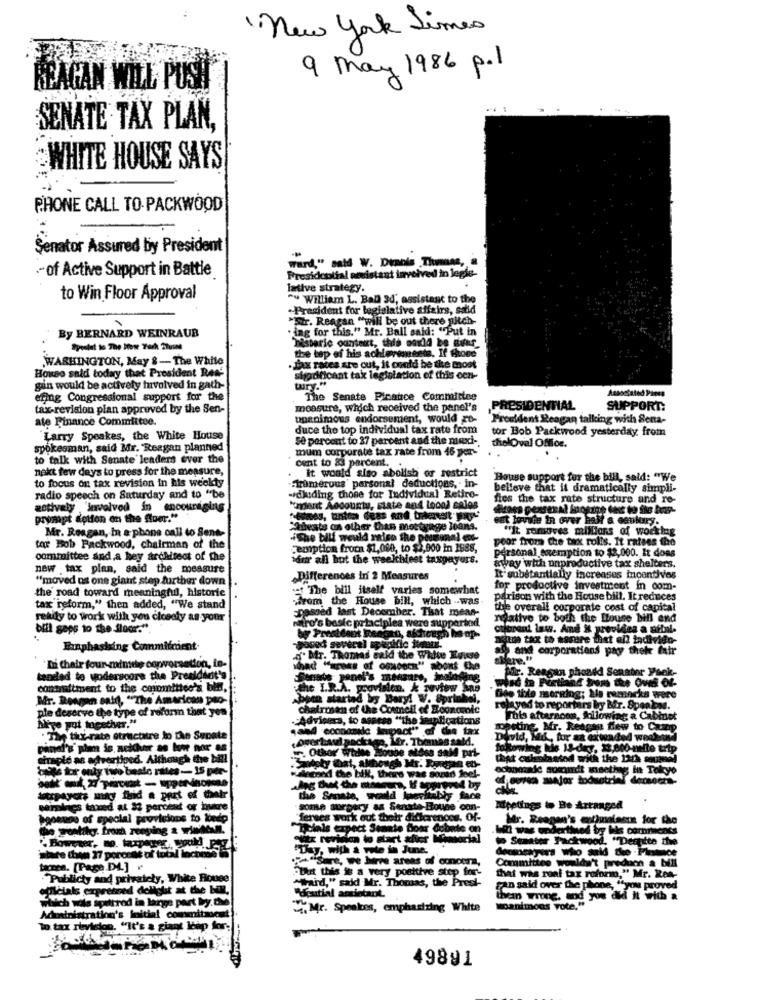
"New York Times
9 May 1986 p.l
REAGAN WILL PUSH
SENATE TAX PLAN,
WHITE HOUSE SAYS
PHONE CALL TO-PACKWOOD
Senator Assured by President
ward," said W. Dennis Themass, a
.- of Active Support in Battle
Fresidoolial ateistant involved in legie-
lative strategy.
to Win Floor Approval
"y William L. Ball 34, assistant to the
Prezident for legislative affairs, said
.Fr. Reagan "will be out there pitch-
By BERNARD WEINRAUB
. ing for this." Mr. Ball said: "Put in
historic oanteut, this oaxld be diver
WASHINGTON, May & - The White
the top of his achievements. If Phone
House said today that President Rea-
. Jax rates are out, it orold be the most
sigadificant tak legislation of this een-
gin would be actively hivolved in gath-
effing Congressional support for the
The Senate Pinatce Committee
Associated Press
tax-revision plan approved by the Sen-
measure, which received the panel's
PRESIDENTIAL
SUPPORT:
ate Finance Committee.
unanimous endorsement, would go-
Prouddent Reagan talking with Sena-
duce the top individual tax rate from
tor Bob Packwood yesterday from
Larry Speakes, the White House
50 percent to 27 percent and the maxi -.
spokesman, said Mr. Reagan planned
thelOval Office.
to talk with Senate leaders ever the
mum corporate tax rate from 46 per-
cent to 83 percent.
nakt few days to press for the measure,
it would siso abolish or restrict
to focus on tax revision in his weekty
House support for the bill, sald: "We
."iromerous' personal deductions, - in-
belleve that it dramatically simpli-
radio speech on Saturday and to "be
-dkding those for Individual Retiro-
fies the tax rate structure and re-
actively involved in encouraging
"omant Aocounty, state and Local sales
prompt action on the fuer."
kat lovule in over half a century.
Mr. Reagan, In a phone call to Sens-
"atests on other than mortgage
""It removes millions of working
+The bill would raise the personal ens-
poor from the tax rolls. It ratses the
tor Bob Rackwood, chairman of the
eurption from $1,080, to $2,000 in 1988,
personal exemption to $2,000. It dons
committee and a hey architect of the
in all hot the weekthieet taxpayers.
new tax plan, said the measure
away with unproductive tax shelters.
"moved us one giant step further down
Differences in 2 Measures
It substantially increases incentives
the road toward meaningful, historie
The bill itself varies somewhat
for productive investment in com-
sfrom the House bill, which was.
parison with the House bill. It reduces
tax reform," then added, "We stand
the overall corporate cost of capital
ready to work with you closely as your
passed last December. That mean-
native to both the House bill and
biil gaps to the floor."
nitro's basic prtaciplea were supported
cibrant law. And it provides a nibal.
an, akhough he op-
Neun tax to nosure that all tadividu-
Einphasking Commitment-
ao and corporations pay their fair
af. Mr. Thomas said the White House
Mere
'I Chair four-mimthe copvorsetion, in-
nad "krets of ogHoorn" about the
Wir. Reagan phoadd Senator Pack-
tended to woderscore the President's
Senate panel's TRM
conanattment to the committee's bin.
the I.R.A. geovision, & review Mas
vad te Furtiand tner the Oves Of-
Mr. Rowan said, "The Amarican pro-
Open started by Bary! W. Sprink
Dde thie morning; ble romacka were
ple deserve the type of rofonn that yen
chatrosen of the Council of Economic
relayed to reporters by Bfr. Speakas
Advisers, to assess "the implications
Pols afternoon, Allowing a Ca
,and economic impact" of de tax
peuine, Mr. Reagan few to Camp
thx-rate structure lo the Senate
uipackage, Ler. Tbmmas sald.
wid, M6 ., hur aa exwaded weekend
siraple as advertised. A
Hned. Although the bill
wisty Dat, albores
in. Othor Widhe wonthe aldes sold pri-
that colsolasted with the 1322 aquand
dals fr only two beale rates- 15 per-
echoorade somondt meethag in Tokyo
d the bill, there was soand Joel-
the Senate, weadd Inevitably face
Ihalnies taoned at 33 percent or inare
some surgery as Senate Boude con-
Mupptings to Be Arranged
hopenos of special provisions to loedp
"ferses work out their differences, Of-
Mr. Reagen's animalesin for the
the poetikg. fromà reoging 2 vinten.
cials expect Stante Boar debate on
revidica to start after Memorial
to Semater Packwood, "Despite the
"Day, with a vote in June.
decineayers who said the - Finance
a"Sure, we Serve areas of concera,
Committee wouldn't predaon a bill
taren. [Page D4.] v
But this is a very positive step for-
Publicty and privately, White House
"Card," said Mr. Thomas, the Presi-
that was real tax reformo,
a." Mr. Rea-
oficials expressed delight at the bill.
Fan said over the phone, ityou proved
southrod in large part ly. dve
ofutial ancintant.
them wrong, and you did it with a
Administration
istration's initial commitment
Mr. Speakes, emphasizing White
Moanimons vote."
To tax revision. "It's a giant leap for:
49891